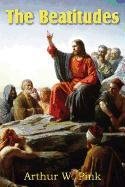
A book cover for The Beatitudes; Arthur W. Pink; Christian Books & Bibles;